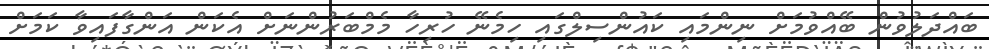
ބައްދަލުވުން ބޭއްވުމަށް ނިންމައި ކައުންސިލްގައި ހިމެނޭ ހުރިހާ މެމްބަރުންނަށް އެކަން އަންގާފައިވާ ކަމަށް